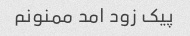
پیک زود امد ممنونم